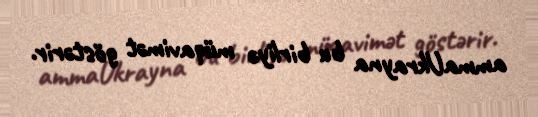
ammaUkrayna bu birliyə müqavimət göstərir.